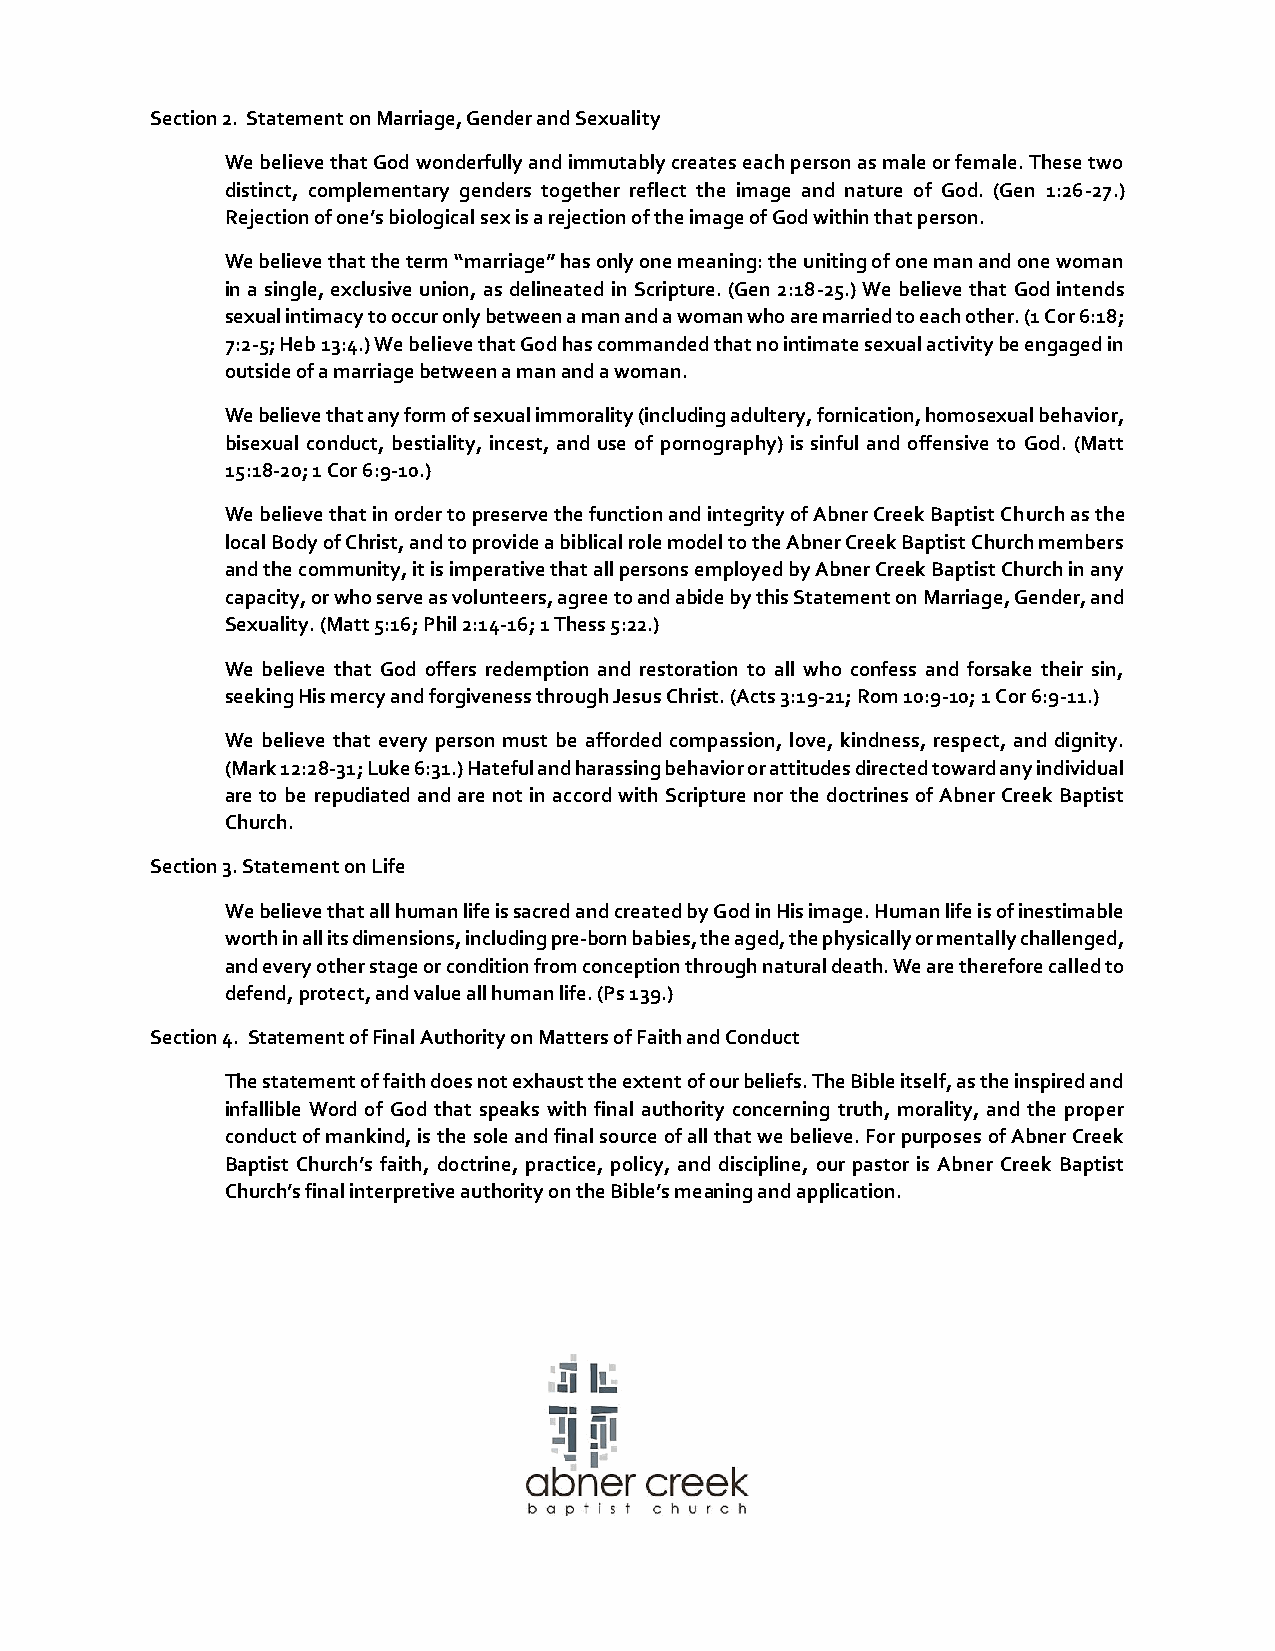
Section 2. Statement on Marriage, Gender and Sexuality
 We believe that God wonderfully and immutably creates each person as male or female. These two
 distinct, complementary genders together reflect the image and nature of God. (Gen 1:26-27.)
 Rejection of one’s biological sex is a rejection of the image of God within that person.
 We believe that the term “marriage” has only one meaning: the uniting of one man and one woman
 in a single, exclusive union, as delineated in Scripture. (Gen 2:18-25.) We believe that God intends
 sexual intimacy to occur only between a man and a woman who are married to each other. (1 Cor 6:18;
 7:2-5; Heb 13:4.) We believe that God has commanded that no intimate sexual activity be engaged in
 outside of a marriage between a man and a woman.
 We believe that any form of sexual immorality (including adultery, fornication, homosexual behavior,
 bisexual conduct, bestiality, incest, and use of pornography) is sinful and offensive to God. (Matt
 15:18-20; 1 Cor 6:9-10.)
 We believe that in order to preserve the function and integrity of Abner Creek Baptist Church as the
 local Body of Christ, and to provide a biblical role model to the Abner Creek Baptist Church members
 and the community, it is imperative that all persons employed by Abner Creek Baptist Church in any
 capacity, or who serve as volunteers, agree to and abide by this Statement on Marriage, Gender, and
 Sexuality. (Matt 5:16; Phil 2:14-16; 1 Thess 5:22.)
 We believe that God offers redemption and restoration to all who confess and forsake their sin,
 seeking His mercy and forgiveness through Jesus Christ. (Acts 3:19-21; Rom 10:9-10; 1 Cor 6:9-11.)
 We believe that every person must be afforded compassion, love, kindness, respect, and dignity.
 (Mark 12:28-31; Luke 6:31.) Hateful and harassing behavior or attitudes directed toward any individual
 are to be repudiated and are not in accord with Scripture nor the doctrines of Abner Creek Baptist
 Church.
 Section 3. Statement on Life
 We believe that all human life is sacred and created by God in His image. Human life is of inestimable
 worth in all its dimensions, including pre-born babies, the aged, the physically or mentally challenged,
 and every other stage or condition from conception through natural death. We are therefore called to
 defend, protect, and value all human life. (Ps 139.)
 Section 4. Statement of Final Authority on Matters of Faith and Conduct
 The statement of faith does not exhaust the extent of our beliefs. The Bible itself, as the inspired and
 infallible Word of God that speaks with final authority concerning truth, morality, and the proper
 conduct of mankind, is the sole and final source of all that we believe. For purposes of Abner Creek
 Baptist Church’s faith, doctrine, practice, policy, and discipline, our pastor is Abner Creek Baptist
 Church’s final interpretive authority on the Bible’s meaning and application.